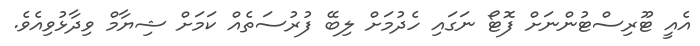
އެއީ ޓޫރިސްޓުންނަށް ފޮޓޯ ނަގައި ހެދުމަށް ލިބޭ ފުރުސަތެއް ކަމަށް ޝިޔާމް ވިދާޅުވިއެވެ.